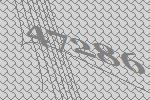
47286